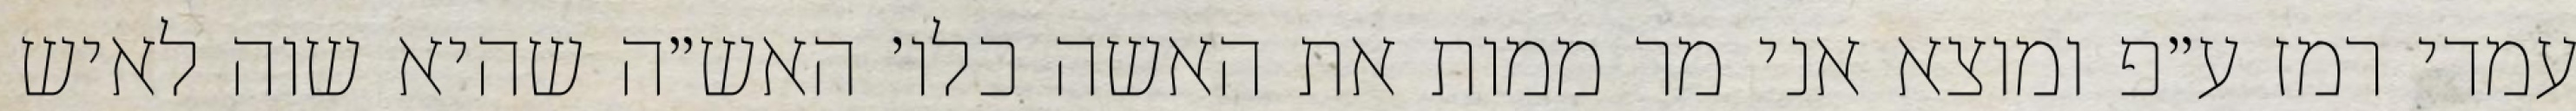
עמדי רמז ע״פ ומוצא אני מר ממות את האשה כלו׳ האש״ה שהיא שוה לאיש